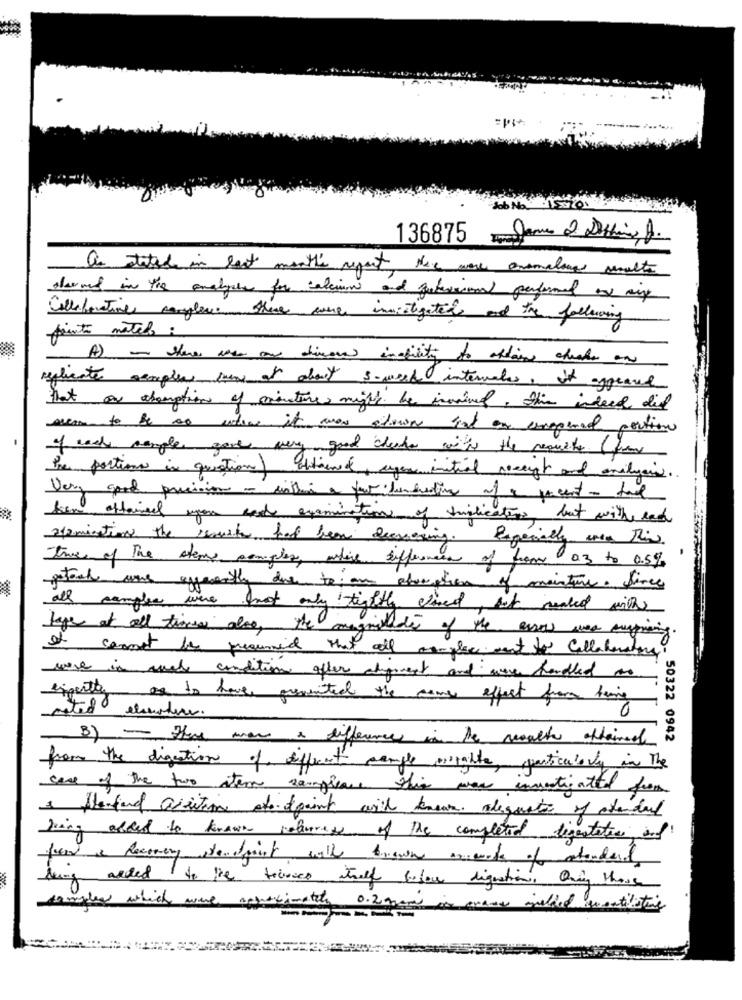
136875 Jan 2 Dettin, A.
as stated in last month's report, there were ansmalangs amulta
dermed in the analysis for calcium and futurecional performed a six
Collaborative samples. there were instigated and the following
printos natel :
A) - there was an divers incity to attain cheale an
replicate samples men at about s-weed intervales, it aggrand
that on absorption of cinture might be inmined. this indeed did
over to be so where it was shown sat on emopened portio
of each mangler gave very good checker with the results (from
The portions in question) obtiene, egen initial recept and amilyain.
Very good precision - within a few hundrediva of a quecent - tal
kan attained you and examination of implications, but with lad
afpmination the senaste had been deevening. Especially uren This
twee of the stems complex, where sifference of from 03 to 0.5%
getoch une avecently due to an abruption of moisture. Since
all samples were not only tightly sliced, but sealed with
lage at all times also, the magniside of the arrows was surprising.
It cannot be presumed that all complice want to collaboratore
were in and condition after alignment and were handled as
expertly are to have prevented the same effect from being
0
B) - The man & differences in the weather attained
50322 0942
from the digestion of different sample mighte, particularly in the
case of the two item samplease this was investigated from
1 flantand asition ato depaint with known adequate of standard
being added to known relances of the completed digestation, and
free & Recovery standpoint with brown animate of standards
dung aded to the trances itself sufor digestion, Qning those
temples which were an
0.28am
is erades inded quantitative